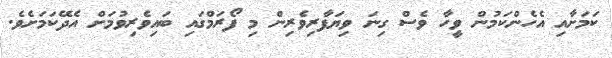
ކަމަށާއި އެހެންކަމުން ވީހާ ވެސް ގިނަ ވިޔަފާރިވެރިން މި ފޯރަމްގައި ބައިވެރިވުމަަށް އެދޭކަމަށެވެ.